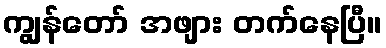
ကျွန်တော် အဖျား တက်နေပြီ။